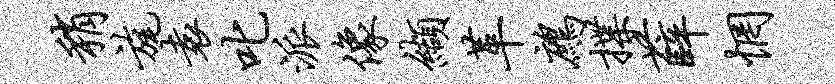
稍旄袁叱派像缬革鹧揲薛惘